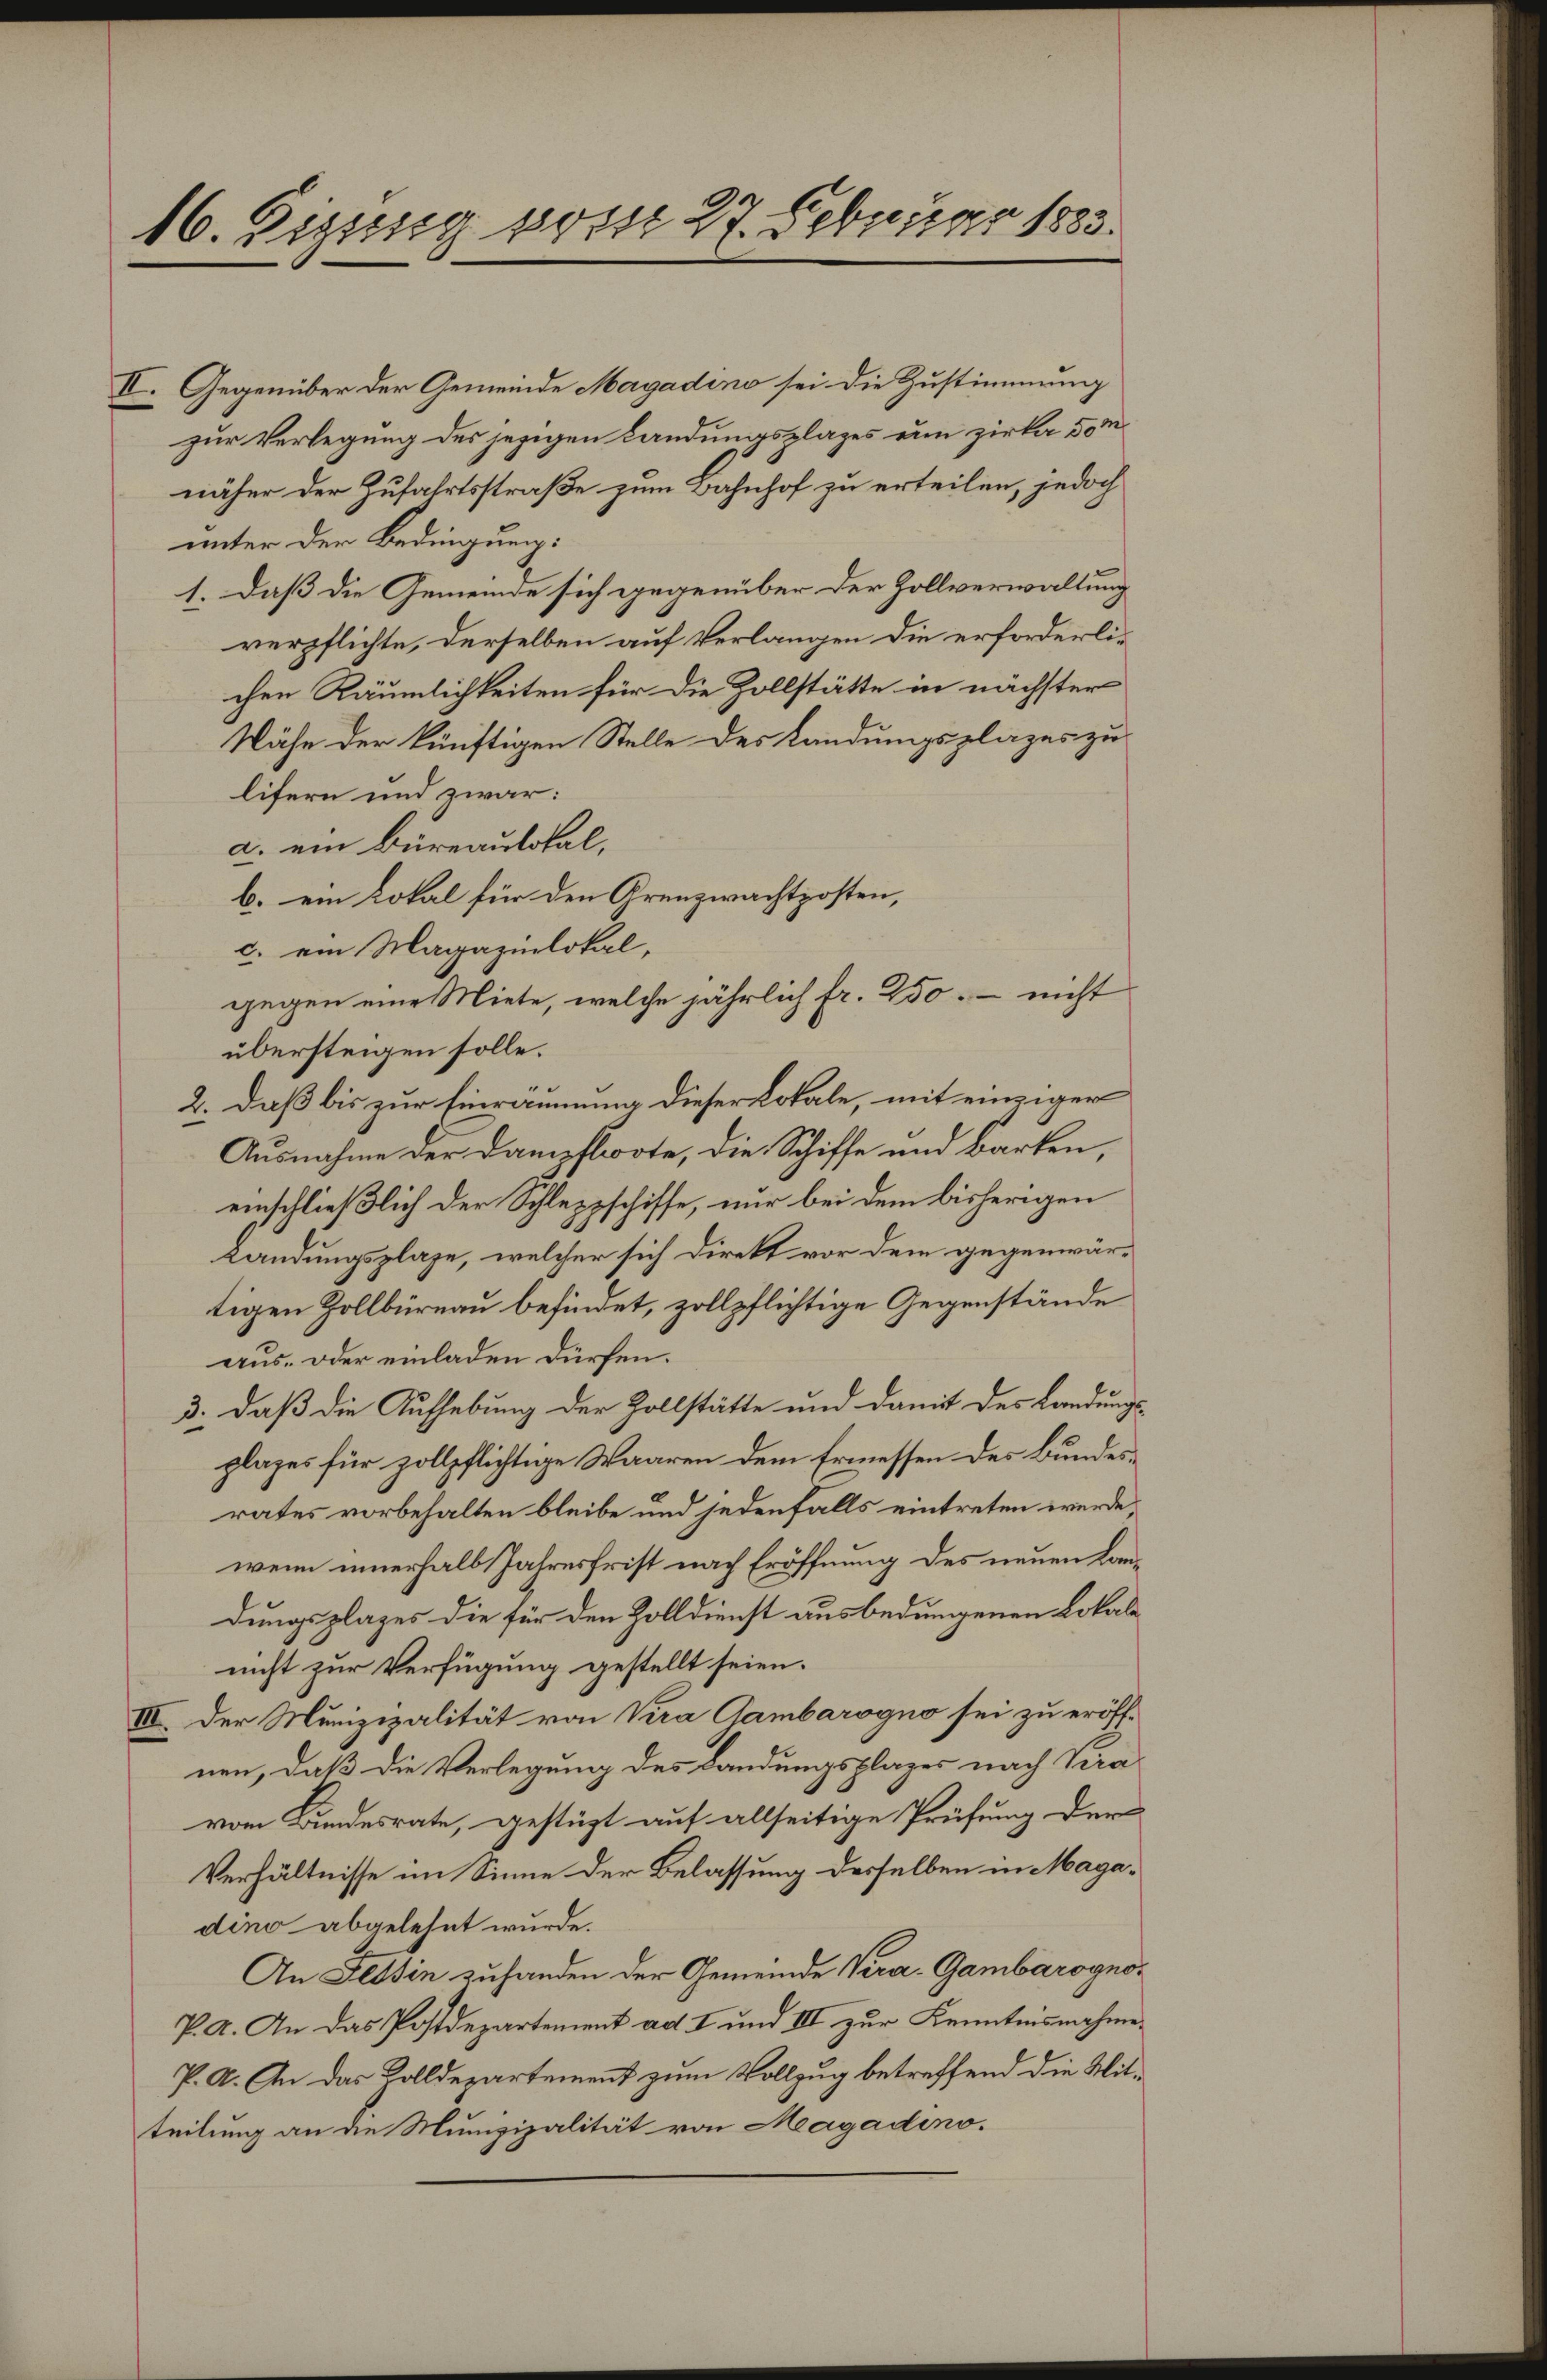
16. Disseg post 27. Februar 1885.

II. Gegenüber der Gemeinde Magadino sei die Zustimmung
zur Verlegung des jezigen Landungsplazes um zirka vom
näher der Zufahrtsstraße zum Bahnhof zu erteilen, jedoch
unter der Bedingung:
1. daß die Gemeinde sich gegenüber der Zollverwaltung
verpflichte, derselben auf Verlangen die erforderlichen Räumlichkeiten für die Zollstätte in nächster
Nähe der künftigen Stelle des Landungsplazes zu
lifern und zwar:
a. ein Büreaulokal,
b. ein Lokal für den Grenzwachtposten,
c. ein Magazinlokal,
gegen eine Miete, welche jährlich fr. 250, – nicht
übersteigen solle.
2. daß bis zur Einräumung dieser Lokale, mit einziger
Ausnahme der Dampfboote, die Schiffe und Barken,
einschließlich der Schleppschiffe, nur bei dem bisherigen
kandungsplaze, welcher sich direkt vor dem gegenwärtigen Zollbüreau befindet, zollpflichtige Gegenstände
aus- oder einladen dürfen.
3. daß die Aufhebung der Zollstätte und damit des Landungs
plages für zollpflichtige Waaren dem Ermessen des Bundesrates vorbehalten bleibe und jedenfalls eintreten werde,
wenn innerhalb Jahresfrist nach Eröffnung des neuen Landungsplazes die für den Zolldienst ausbedungenen Lokale
nicht zur Verfügung gestellt seien.
II. Der Munizipalität von Vira Gambarogno sei zu eröffnen, daß die Verlegung des Landungsplages nach Vera
vom Bundesrate, gestützt auf allseitige Prüfung der
Verhältnisse im Sinne der Belassung desselben in Magadino abgelehnt wurde.
An Tessin zuhanden der Gemeinde Vera. Gambarogno¬
P. A. An das Postdepartement ad I und III zur Kenntnisnahme
P. A. An das Zolldepartement zum Vollzug betreffend die Mitteilung an die Munizipalität von Magadino.